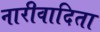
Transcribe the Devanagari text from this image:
नारीवादिता